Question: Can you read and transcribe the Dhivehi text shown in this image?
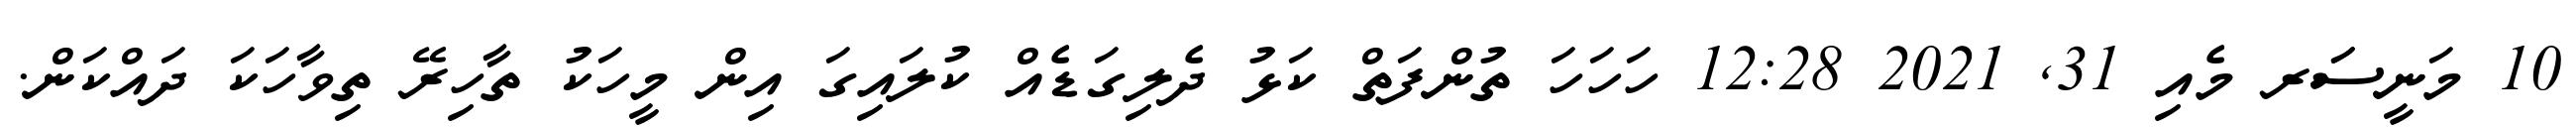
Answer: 10 މަނީސަަރ މެއި 31, 2021 12:28 ހަހަހަ ތުންފަތް ކަޅު ދެލިގަޑެއް ކުލައިގަ އިން މީހަކު ތާހިރޭ ތިވާހަކަ ދައްކަން.